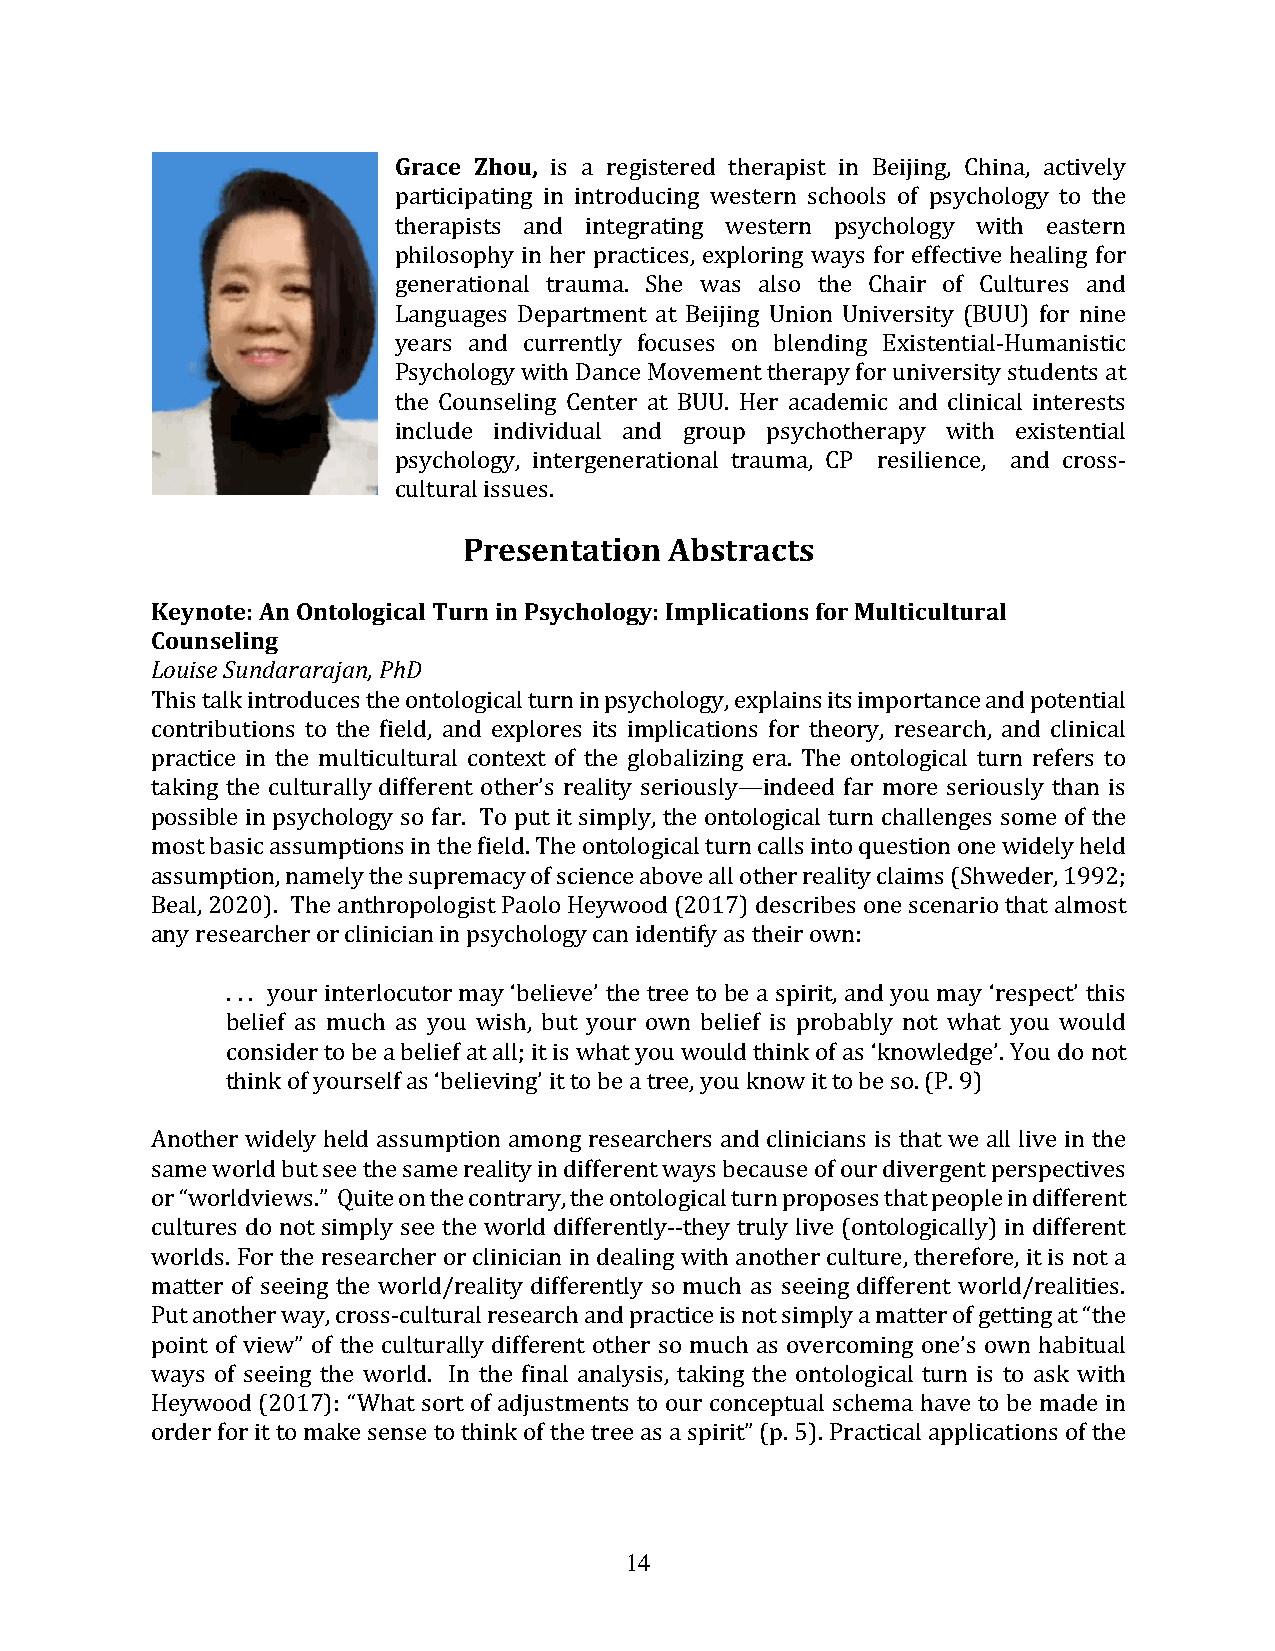
Grace Zhou, is a registered therapist in Beijing, China, actively
 participating in introducing western schools of psychology to the
 therapists and integrating western psychology with eastern
 philosophy in her practices, exploring ways for effective healing for
 generational trauma. She was also the Chair of Cultures and
 Languages Department at Beijing Union University (BUU) for nine
 years and currently focuses on blending Existential-Humanistic
 Psychology with Dance Movement therapy for university students at
 the Counseling Center at BUU. Her academic and clinical interests
 include individual and group psychotherapy with existential
 psychology, intergenerational trauma, CP resilience, and cross-
 cultural issues.
 Presentation Abstracts
 Keynote: An Ontological Turn in Psychology: Implications for Multicultural
 Counseling
 Louise Sundararajan, PhD
 This talk introduces the ontological turn in psychology, explains its importance and potential
 contributions to the field, and explores its implications for theory, research, and clinical
 practice in the multicultural context of the globalizing era. The ontological turn refers to
 taking the culturally different other’s reality seriously—indeed far more seriously than is
 possible in psychology so far. To put it simply, the ontological turn challenges some of the
 most basic assumptions in the field. The ontological turn calls into question one widely held
 assumption, namely the supremacy of science above all other reality claims (Shweder, 1992;
 Beal, 2020). The anthropologist Paolo Heywood (2017) describes one scenario that almost
 any researcher or clinician in psychology can identify as their own:
 . . . your interlocutor may ‘believe’ the tree to be a spirit, and you may ‘respect’ this
 belief as much as you wish, but your own belief is probably not what you would
 consider to be a belief at all; it is what you would think of as ‘knowledge’. You do not
 think of yourself as ‘believing’ it to be a tree, you know it to be so. (P. 9)
 Another widely held assumption among researchers and clinicians is that we all live in the
 same world but see the same reality in different ways because of our divergent perspectives
 or “worldviews.” Quite on the contrary, the ontological turn proposes that people in different
 cultures do not simply see the world differently--they truly live (ontologically) in different
 worlds. For the researcher or clinician in dealing with another culture, therefore, it is not a
 matter of seeing the world/reality differently so much as seeing different world/realities.
 Put another way, cross-cultural research and practice is not simply a matter of getting at “the
 point of view” of the culturally different other so much as overcoming one’s own habitual
 ways of seeing the world. In the final analysis, taking the ontological turn is to ask with
 Heywood (2017): “What sort of adjustments to our conceptual schema have to be made in
 order for it to make sense to think of the tree as a spirit” (p. 5). Practical applications of the
 14